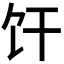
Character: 𫗞